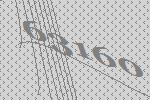
63160